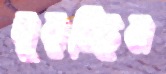
ঘুরচ্ছিল